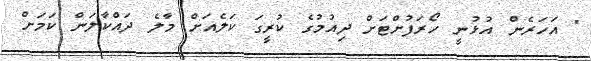
" އަހަރެން އުޅުނީ ހޯރަފުށްޓަށް ދިއުމުގެ ކުރީގަ ކަލެއަށް މާލެ ދައްކާލަން ކަމަށް